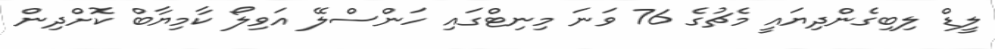
ލީޑް ލިބިގެންދިޔައީ މެޗުގެ 76 ވަނަ މިނިޓްގައި ހަންސްލޭ އަވިލޯ ކާމިޔާބް ކޮށްދިން